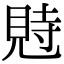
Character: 𧠴